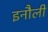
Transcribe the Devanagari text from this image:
इनौली